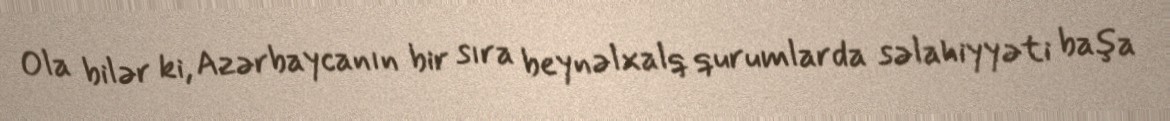
Ola bilər ki, Azərbaycanın bir sıra beynəlxalq qurumlarda səlahiyyəti başa